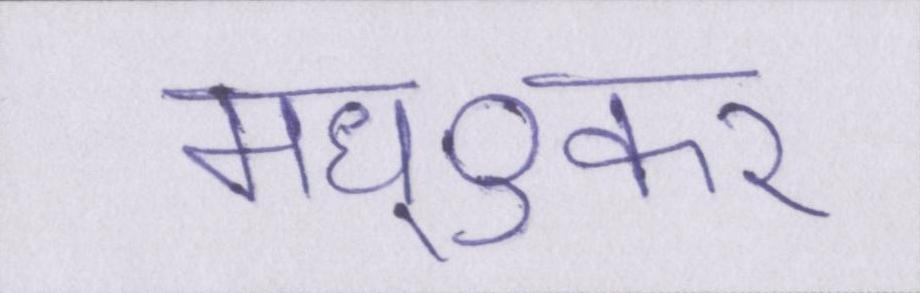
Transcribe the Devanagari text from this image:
मध्ुकर